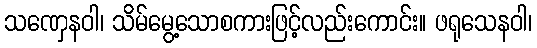
သဏှေနဝါ၊ သိမ်မွေ့သောစကားဖြင့်လည်းကောင်း။ ဖရုသေနဝါ၊